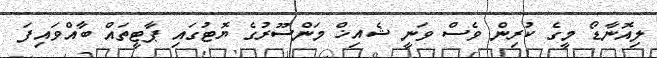
ލިއޮނާޑޯ މީގެ ކުރިން ވެސް ވަނީ ޝެއިޚް މަންސޫރުގެ ޔޮޓުގައި ޕާޓީތައް ބާއްވައިފަ